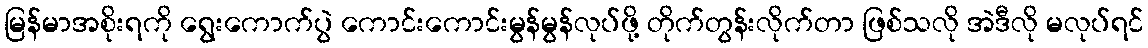
မြန်မာအစိုးရကို ရွေးကောက်ပွဲ ကောင်းကောင်းမွန်မွန်လုပ်ဖို့ တိုက်တွန်းလိုက်တာ ဖြစ်သလို အဲဒီလို မလုပ်ရင်